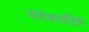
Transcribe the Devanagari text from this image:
मेनेंजायटिस